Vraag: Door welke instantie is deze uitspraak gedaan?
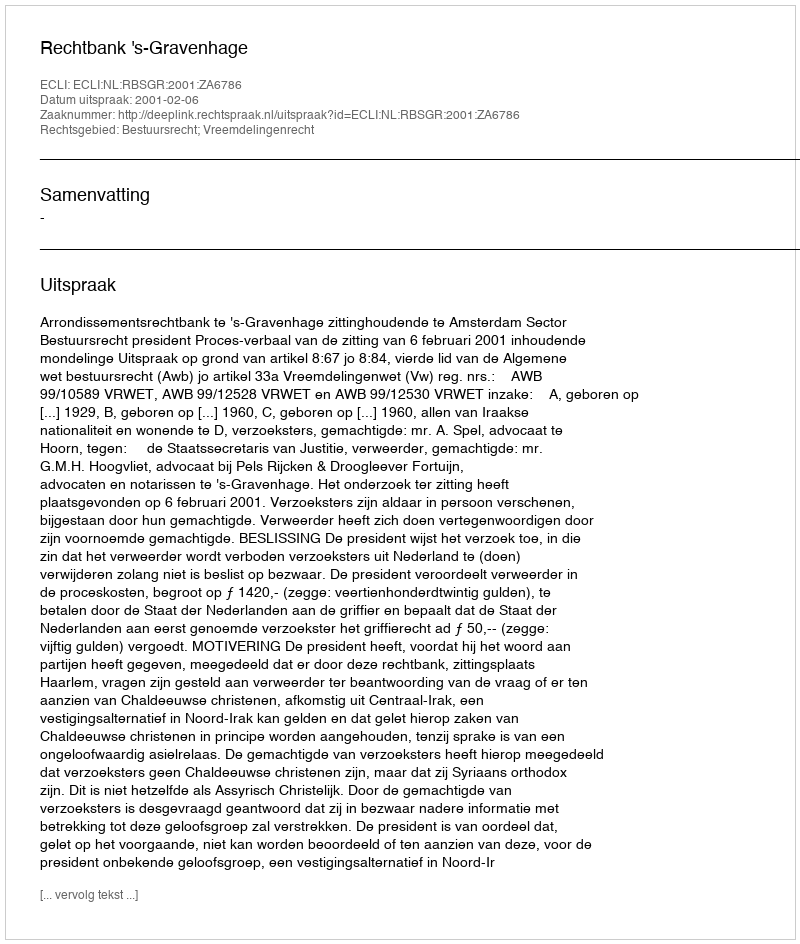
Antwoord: Rechtbank 's-Gravenhage